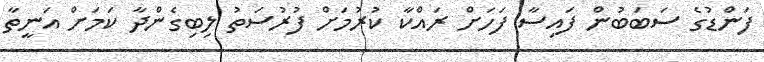
ފަންޑުގެ ސަބަބުން ފައިސާ ފަހަށް ރައްކާ ކުރުމަށް ފުރުސަތު ލިބިގެންދާ ކަމަށް އަނީތާ